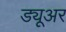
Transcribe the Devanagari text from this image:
ड्यूअर